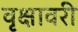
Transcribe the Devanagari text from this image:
वृक्षावरी